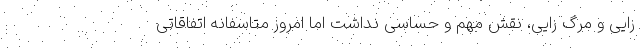
زایی و مرگ زایی، نقش مهم و حساسی نداشت اما امروز متاسفانه اتفاقاتی